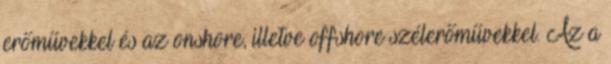
erőművekkel és az onshore, illetve offshore szélerőművekkel. Az a